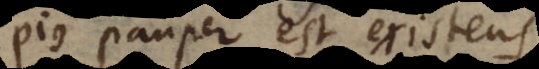
pius pauper est existens,